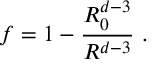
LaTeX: f = 1 - \frac { R _ { 0 } ^ { d - 3 } } { R ^ { d - 3 } } \ .